Mental hospitals Bombay report 1921-28 - 1921-1928
Year: 1921
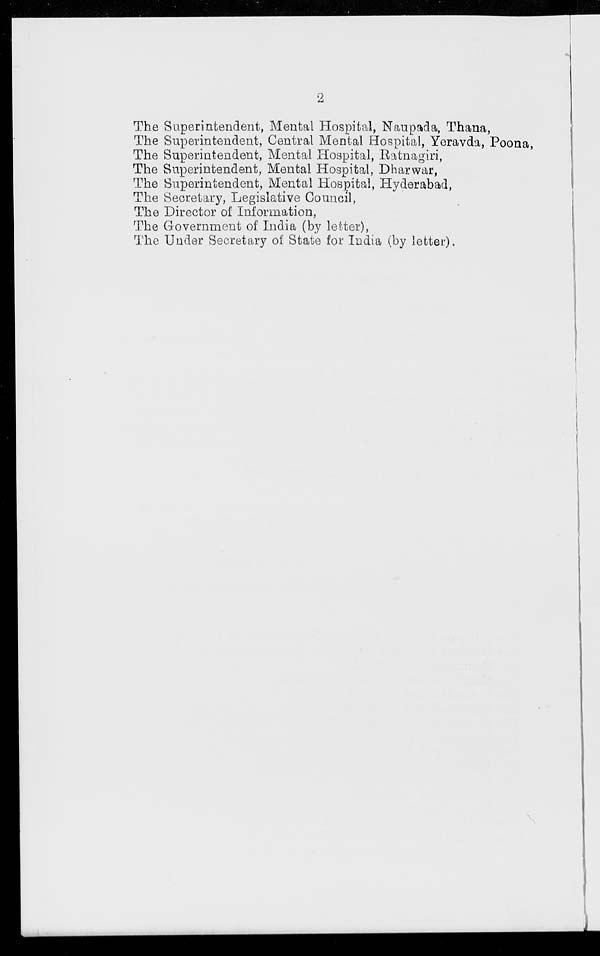
2
The Superintendent, Mental Hospital, Naupada, Thana,
The Superintendent, Central Mental Hospital, Yeravda, Poona,
The Superintendent, Mental Hospital, Ratnagiri,
The Superintendent, Mental Hospital, Dharwar,
The Superintendent, Mental Hospital, Hyderabad,
The Secretary, Legislative Council,
The Director of Information,
The Government of India (by letter),
The Under Secretary of State for India (by letter).